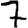
Digit: 7